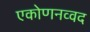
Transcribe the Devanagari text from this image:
एकोणनव्वद